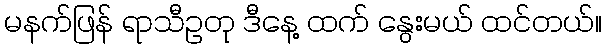
မနက်ဖြန် ရာသီဥတု ဒီနေ့ ထက် နွေးမယ် ထင်တယ်။